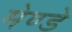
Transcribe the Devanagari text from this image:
मेण्डे